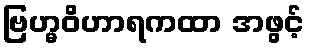
ဗြဟ္မဝိဟာရကထာ အဖွင့်